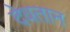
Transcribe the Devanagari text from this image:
देवतान